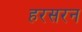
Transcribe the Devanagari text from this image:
हरसरन